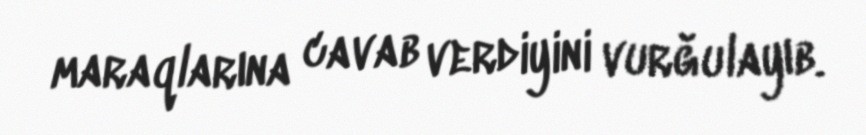
maraqlarına cavab verdiyini vurğulayıb.